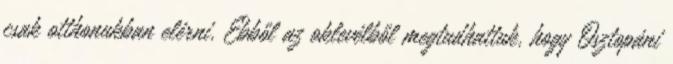
csak otthonukban elérni. Ebből az oklevélből megtudhattuk, hogy Osztopáni